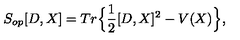
S _ { o p } [ D , X ] = T r \Big \{ \frac { 1 } { 2 } [ D , X ] ^ { 2 } - V ( X ) \Big \} ,